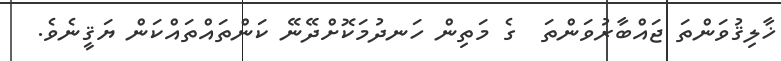
ޚާލިޤުވަންތަ ޖައްބާރުވަންތަ  ގެ މަތިން ހަނދުމަކޮށްދޭނޭ ކަންތައްތައްކަން ޔަޤީނެވެ.